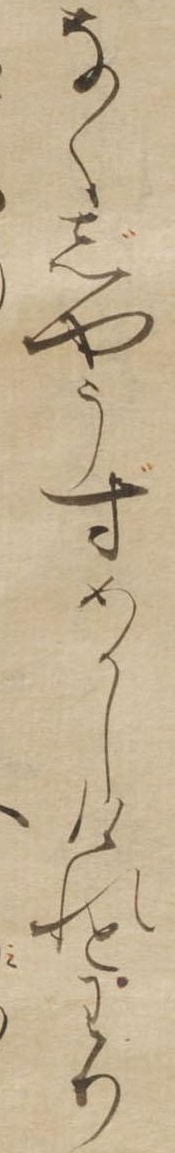
なくじやうずめかしけれとわり